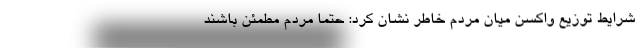
شرایط توزیع واکسن میان مردم خاطر نشان کرد: حتماً مردم مطمئن باشند